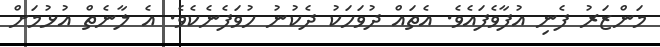
މަންޒަރު ފެނި އުފާވެފައެވެ. އެތައް ދުވަހަކު ދެކުނު ހުވަފެނެކެވެ. އެ ލާނެތް އުޅުމަށް